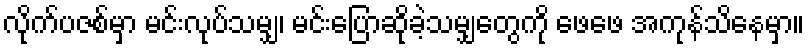
လိုက်ပဇစ်မှာ မင်းလုပ်သမျှ၊ မင်းပြောဆိုခဲ့သမျှတွေကို ဖေဖေ အကုန်သိနေမှာ။